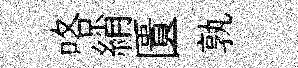
咯綃匱孰